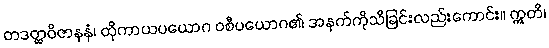
တဒတ္ထဝိဇာနနံ၊ ထိုကာယပယောဂ ဝစီပယောဂ၏ အနက်ကိုသိခြင်းလည်းကောင်း။ ဣတိ၊